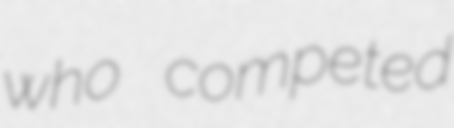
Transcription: who competed